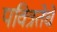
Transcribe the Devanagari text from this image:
पवित्रतेचे